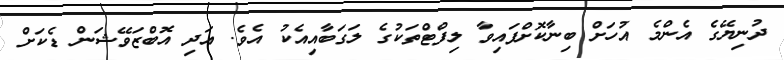
ދުނިޔޭގެ އެންމެ އުހަށް ބިނާކޮށްފައިވާ ލިފްޓްތަކުގެ ލަގަބާއިއެކު އެވެ. އަދި އޮބްޒަވޭޝަން ޑެކަށް